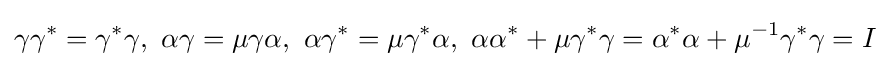
\gamma \gamma ^{*}=\gamma ^{*}\gamma ,\ \alpha \gamma =\mu \gamma \alpha ,\ \alpha \gamma ^{*}=\mu \gamma ^{*}\alpha ,\ \alpha \alpha ^{*}+\mu \gamma ^{*}\gamma =\alpha ^{*}\alpha +\mu ^{-1}\gamma ^{*}\gamma =I